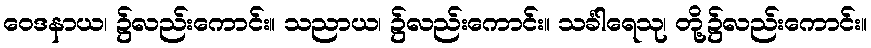
ဝေဒနာယ၊ ၌လည်းကောင်း။ သညာယ၊ ၌လည်းကောင်း။ သင်္ခါရေသု၊ တို့၌လည်းကောင်း။